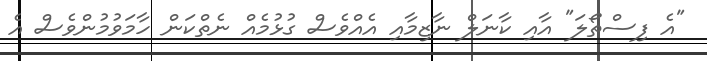
"އެ ފިސްތޯލަ" އާއި ކާނަލް ނާޒިމާއި އެއްވެސް ގުޅުމެއް ނެތްކަން ހާމަވުމުންވެސް އެ